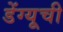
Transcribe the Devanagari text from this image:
डेंग्यूची